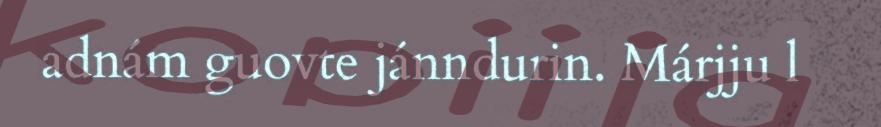
adnám guovte jánndurin. Márjju l